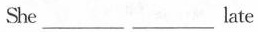
She___________late